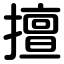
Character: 擅